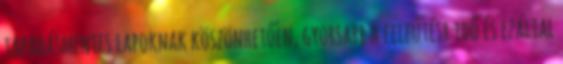
tapadásmentes lapoknak köszönhetően, gyorsabb a felfűtési idő és ezáltal